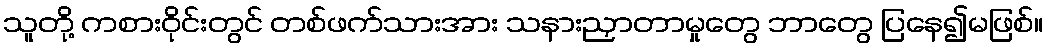
သူတို့ ကစားဝိုင်းတွင် တစ်ဖက်သားအား သနားညှာတာမှုတွေ ဘာတွေ ပြနေ၍မဖြစ်။